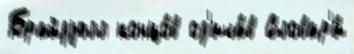
Брайдуэлл концо́в од'ича́в Словар'и́